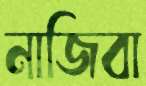
নাজিবা